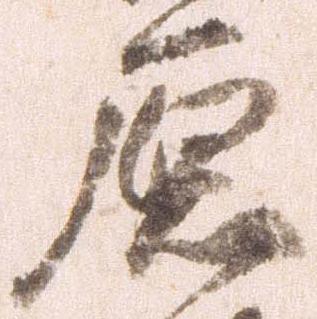
原